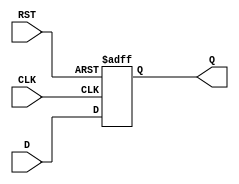
module DataRegister #(
    parameter WIDTH = 8  // Define the width of the data register
)(
    input  wire [WIDTH-1:0] D,    // Data input
    input  wire CLK,                // Clock input
    input  wire RST,                // Asynchronous reset input
    output reg  [WIDTH-1:0] Q       // Data output
);

    // Always block for asynchronous reset and data capture
    always @(posedge CLK or posedge RST) begin
        if (RST) begin
            Q <= {WIDTH{1'b0}};       // Clear the register (set to 0)
        end else begin
            Q <= D;                  // Capture the input data on rising edge of CLK
        end
    end

endmodule